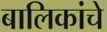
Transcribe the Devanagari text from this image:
बालिकांचे